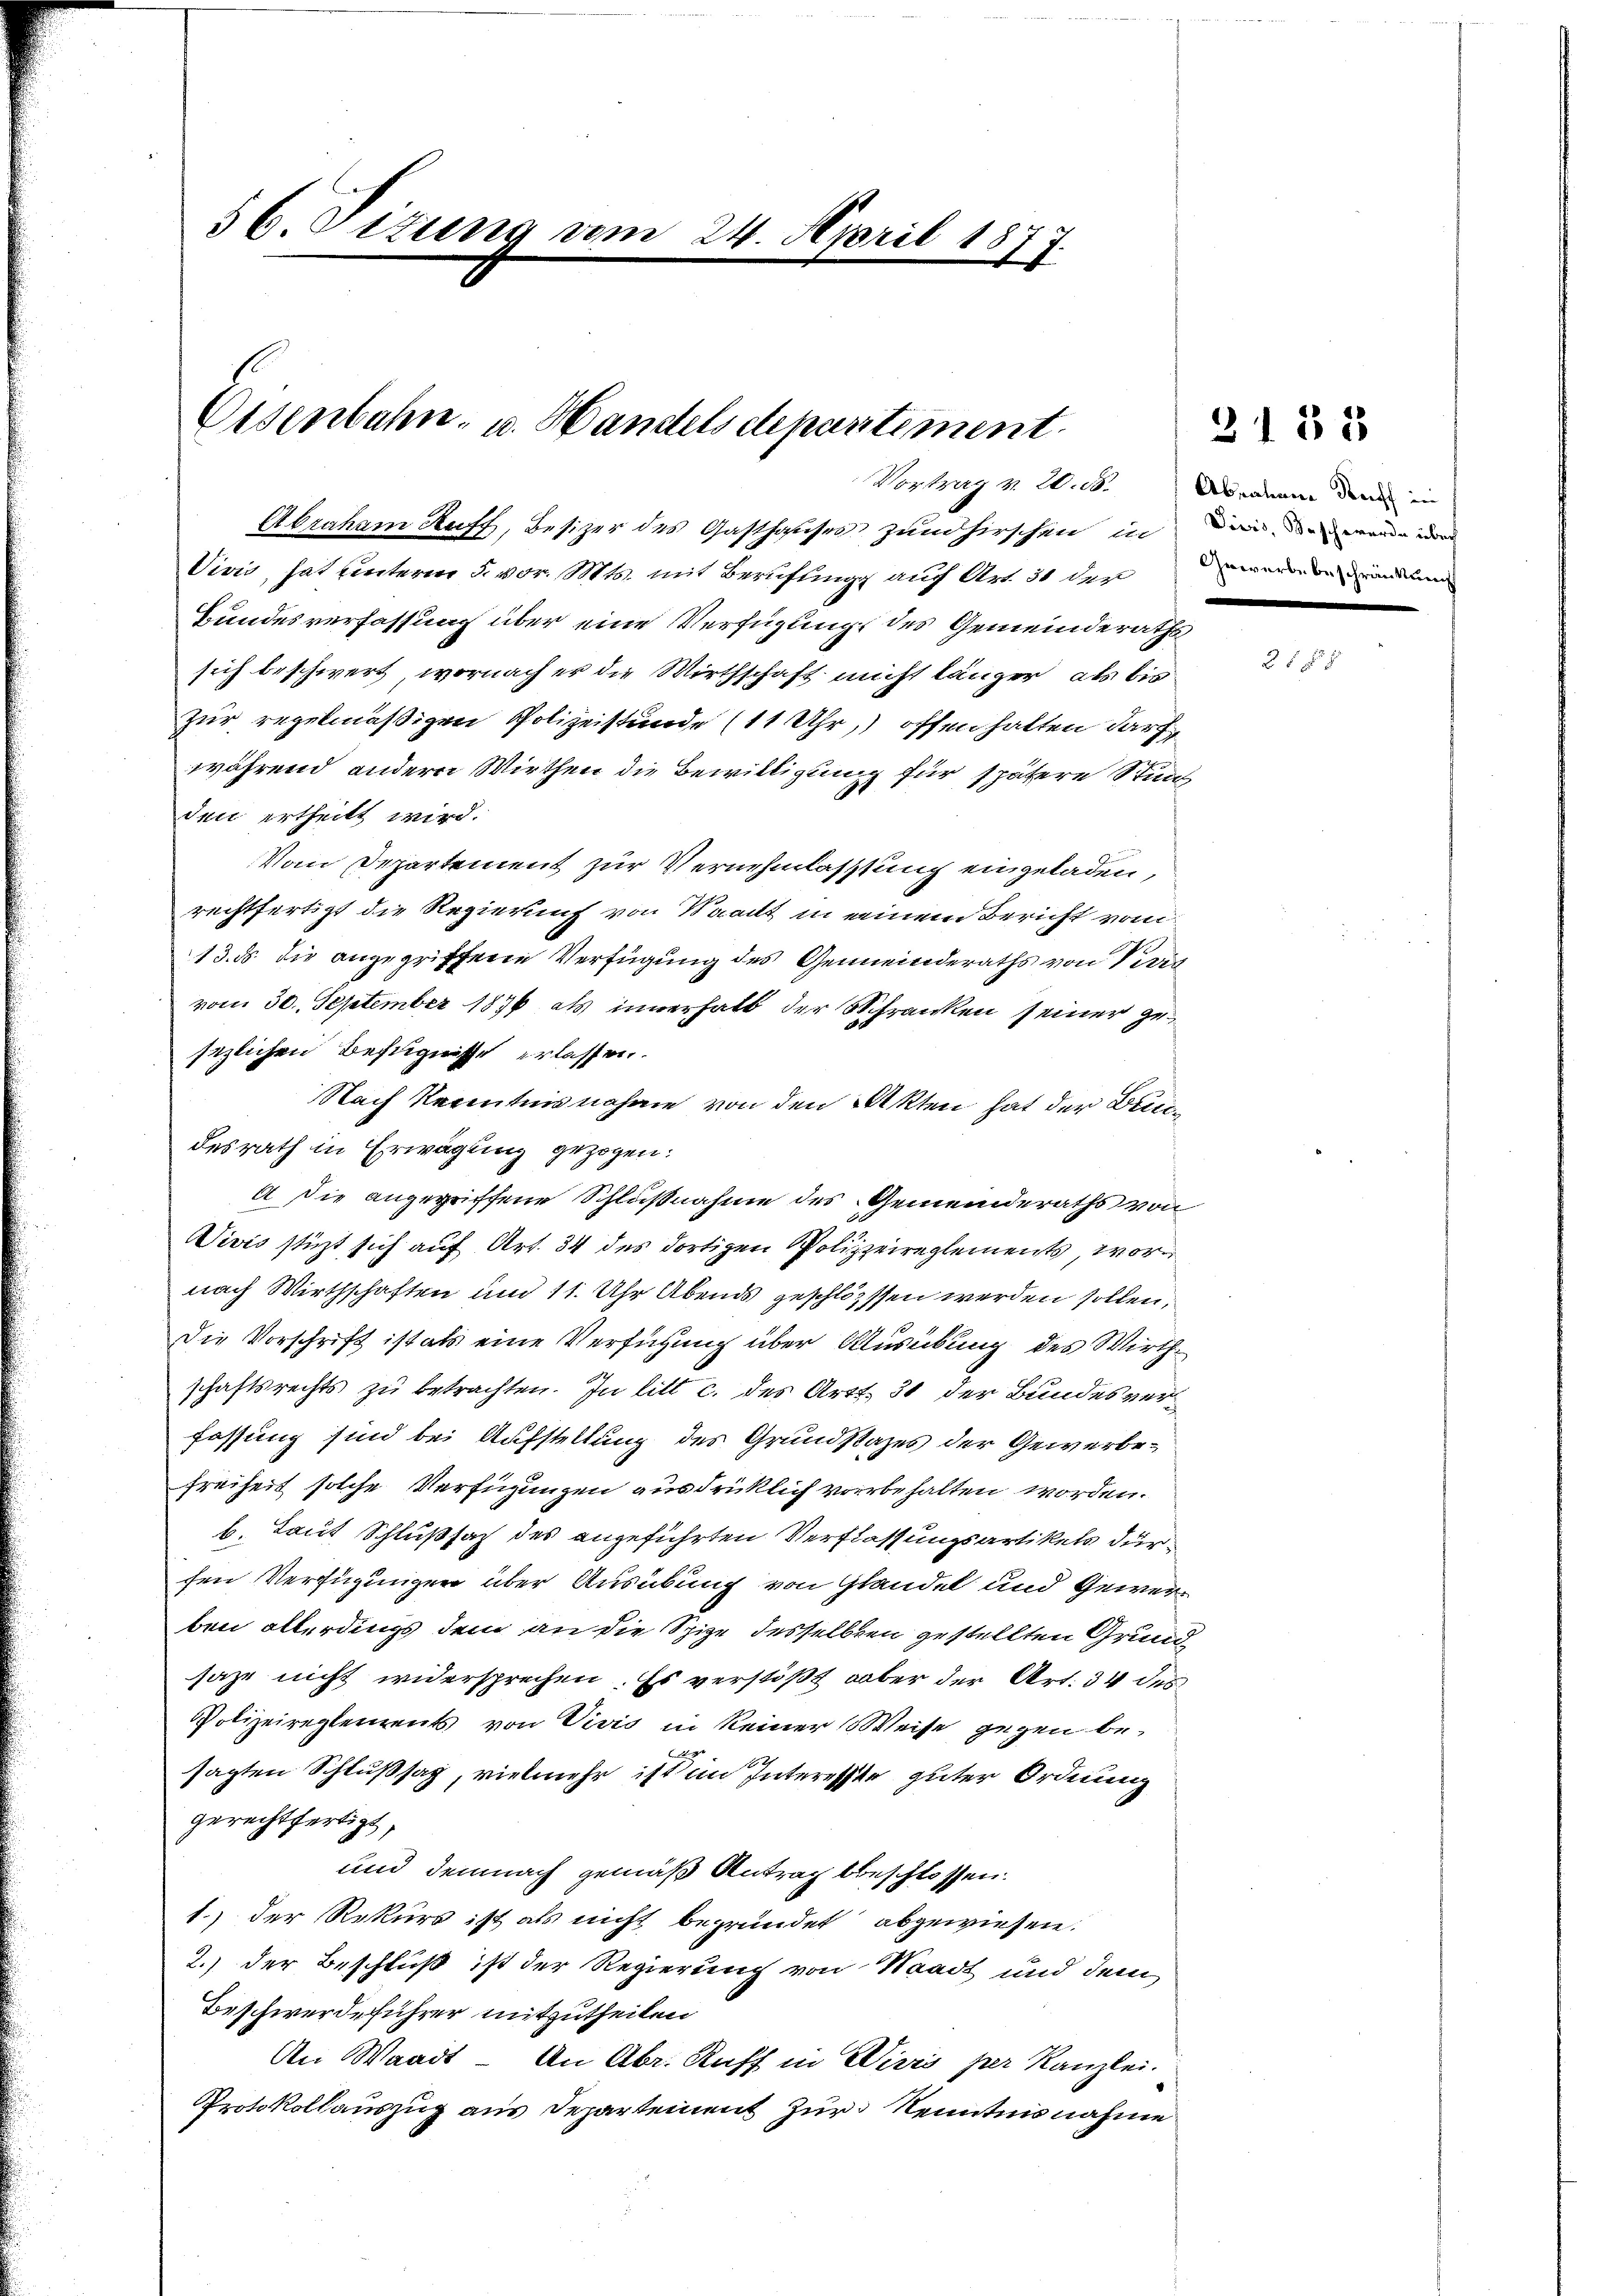
56. Situng vom 24. April 1877.

Eisenbahn, u. Handels deparitiment.
Vortrag v. 20. d.

Abraham Ruff, Besizer des Gasthauses zund hirschen in der der wenn e
Vivis, hat unterm 5. vor. Mts. mit Berufung auf Art. 31 der
Bundesverfassung über eine Verfügung des Gemeinderaths
sich beschwert, wornach er die Wirthschaft nicht länger, als bis
zur regelmäßigen Polizeistunde (11 Uhr, offen halten darf
während andern Wirthen die Bewilligung für spätere Stund
den ertheilt wird.
Vom Departement zur Vernehmlassung eingeladen,
rechtfertigt die Regierung von Waadt in einem Bericht vom
13. ds. die angegriffene Verfügung des Gemeinderaths von Beric
vom 30. September 1876 als innerhalb der Schranken seiner gesezlichen Befugnisse erlassen.
Nach Kenntnisnahme von den Akten hat der Bedesrath in Erwägung gezogen.
A. Die angegriffene Schlußnahme des Gemeinderaths von
Wivis stüzt sich auf Art. 34 des dortigen Polizeireglements, wornach Wirthschaften und 11. Uhr Abends geschlosssen werden sollen,
Die Vorschrift ist als eine Verfügung über Ausübung des Wirthschaftsrechts zu betrachten. In litt c. des Art. 31 der Bundesverfassung sind bei Aufstellung des Grundstates der Gewerbe¬
Freiheit solche Verfügungen ausdrücklich vorbehalten worden.
b. Laut Schlußsach des angeführten Verflassungsartikels dursen Verfügungen über Ausübung von Glandel und Gewerben allerdings dem an die Spize desselben gestellten Grundsaze nicht widersprechen. Es verstößt, aber der Art. 34 des
Polizeireglements von Visis in keiner Weise gegen be¬
A
sagten Schlußsag, vielmehr ist im Interesste guter Ordnung
gerechtfertigt,
und demnach gemäß Antrag beschlossen.
1.) Der Rekurs ist als nicht begründet abgewiesen.
2.) Der Beschluß ist der Regierung von Waadt und dem
Beschwerdeführer mitzutheilen
An Waadt - An Abr. Ruff in Divis per Kanzlei.
Protokollauszug aus Departement zur Kenntnisnahme

Abratene Stoff in
Gewerbe beschränkung
e

3138

25 f.